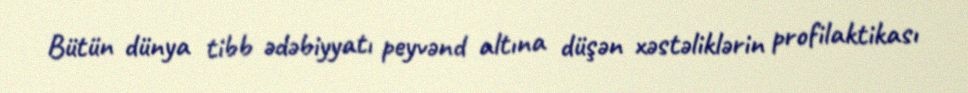
Bütün dünya tibb ədəbiyyatı peyvənd altına düşən xəstəliklərin profilaktikası